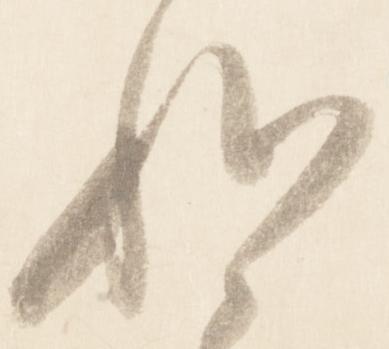
私